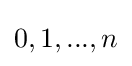
{\textstyle 0,1,...,n}